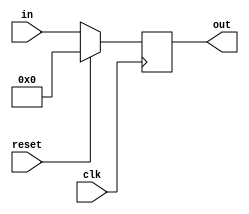
`timescale 1ns / 1ps
module pc(clk, reset, in, out);
	input clk, reset;
	input [31:0] in;
	output reg[31:0] out;
	
	initial begin
		out=32'b0;
	end
	
	always@(posedge clk)
	begin
		if (reset==1'b1) out=32'b0;
		else out=in;
	end
endmodule